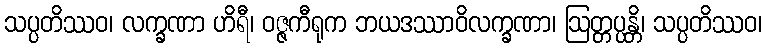
သပ္ပတိဿဝ၊ လက္ခဏာ ဟိရီ၊ ဝဇ္ဇကီရုက ဘယဒဿာဝိလက္ခဏာ၊ ဩတ္တပ္ပန္တိ၊ သပ္ပတိဿဝ၊